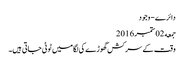
دائرے - وجود
جمعه 02 ستمبر 2016
وقت کے سرکش گھوڑے کی لگامیں ٹوٹی جاتی ہیں۔